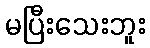
မပြီးသေးဘူး